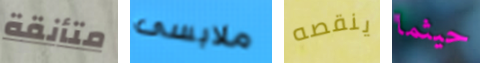
متأنقة ملابسى ينقصه حيثما